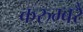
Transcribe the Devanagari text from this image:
करुम्बरै